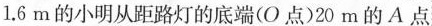
1.6m 的小明从距路灯的底端(O点)20 m的 A 点